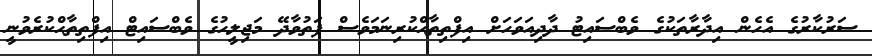
ސަރުކާރުގެ އެހެން އިދާރާތަކުގެ ވެބްސައިޓު ދާދިއަވަހަށް އިފްތިތާޙްކުރިނަމަވެސް ފަތުވާދޭ މަޖިލީހުގެ ވެބްސައިޓް އިފްތިތާޙްކުރެވުނީ